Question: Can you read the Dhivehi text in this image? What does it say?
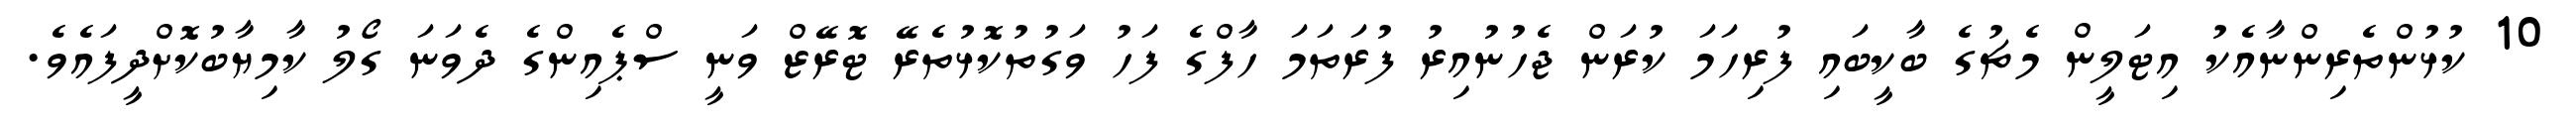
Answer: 10 ކުޅުންތެރިންނާއެކު އިޓަލީން މެޗުގެ ބާކީބައި ފުރިހަމަ ކުރަން ޖެހުނުއިރު ފުރަތަމަ ހާފްގެ ފަހު ވަގުތުކޮޅުތެރޭ ޓޮރޭޒް ވަނީ ސްޕެއިންގެ ދެވަނަ ގޯލު ކާމިޔާބުކޮށްދީފައެވެ.